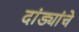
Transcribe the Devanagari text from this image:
दांड्यांचे